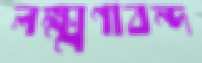
লক্ষ্মণাবন্দ